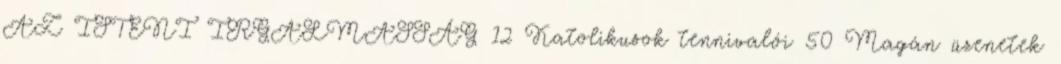
AZ ISTENI IRGALMASSÁG 12 Katolikusok tennivalói 50 Magán üzenetek